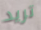
تريد